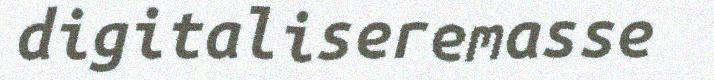
digitaliseremasse